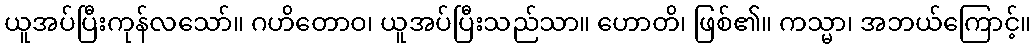
ယူအပ်ပြီးကုန်လသော်။ ဂဟိတောဝ၊ ယူအပ်ပြီးသည်သာ။ ဟောတိ၊ ဖြစ်၏။ ကသ္မာ၊ အဘယ်ကြောင့်။